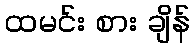
ထမင်း စား ချိန်